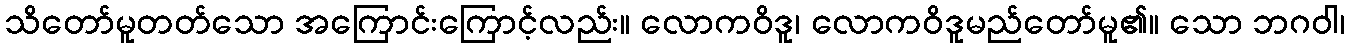
သိတော်မူတတ်သော အကြောင်းကြောင့်လည်း။ လောကဝိဒူ၊ လောကဝိဒူမည်တော်မူ၏။ သော ဘဂဝါ၊